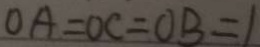
O A = O C = O B = 1